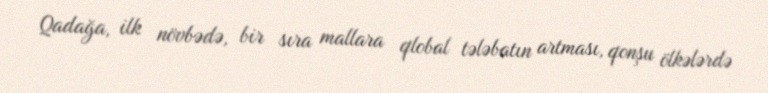
Qadağa, ilk növbədə, bir sıra mallara qlobal tələbatın artması, qonşu ölkələrdə